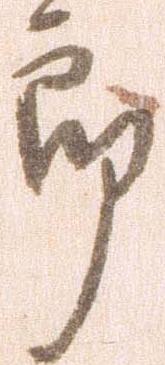
郎